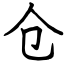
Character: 仓